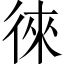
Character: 徠